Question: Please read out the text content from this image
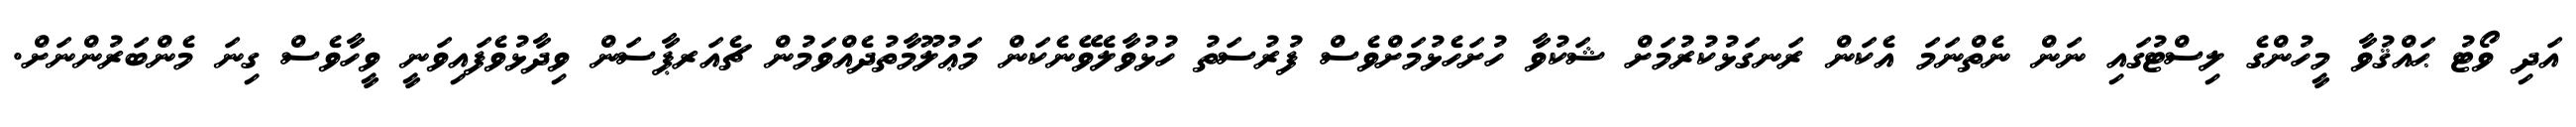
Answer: އަދި ވޯޓު ޙައްޤުވާ މީހުންގެ ލިސްޓުގައި ނަން ނެތްނަމަ އެކަން ރަނގަޅުކުރުމަށް ޝަކުވާ ހުށަހެޅުމަށްވެސް ފުރުސަތު ހުޅުވާލެވޭނެކަން މަޢުލޫމާތުދެއްވަމުން ޗެއަރޕާސަން ވިދާޅުވެފައިވަނީ ވީހާވެސް ގިނަ މެންބަރުންނަށް.